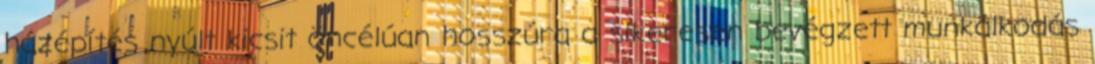
házépítés nyúlt kicsit öncélúan hosszúra a sikeresen bevégzett munkálkodás